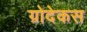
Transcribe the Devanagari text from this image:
ग्रोदेकस